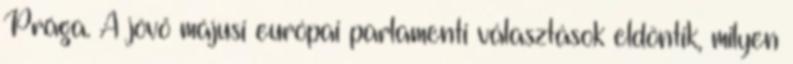
Prága. A jövő májusi európai parlamenti választások eldöntik, milyen